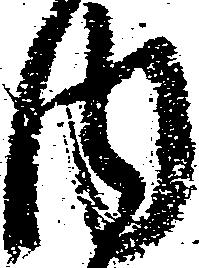
内